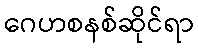
ဂေဟစနစ်ဆိုင်ရာ